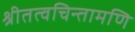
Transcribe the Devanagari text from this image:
श्रीतत्वचिन्तामणि